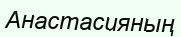
Анастасияның